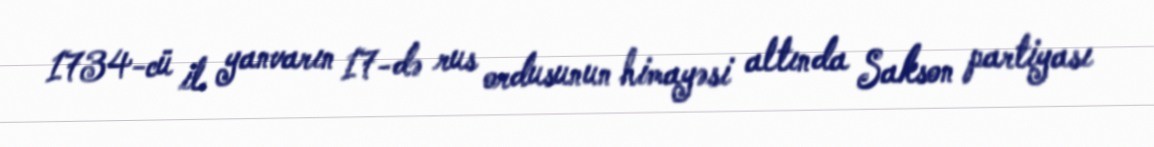
1734-cü il yanvarın 17-də rus ordusunun himayəsi altında Sakson partiyası